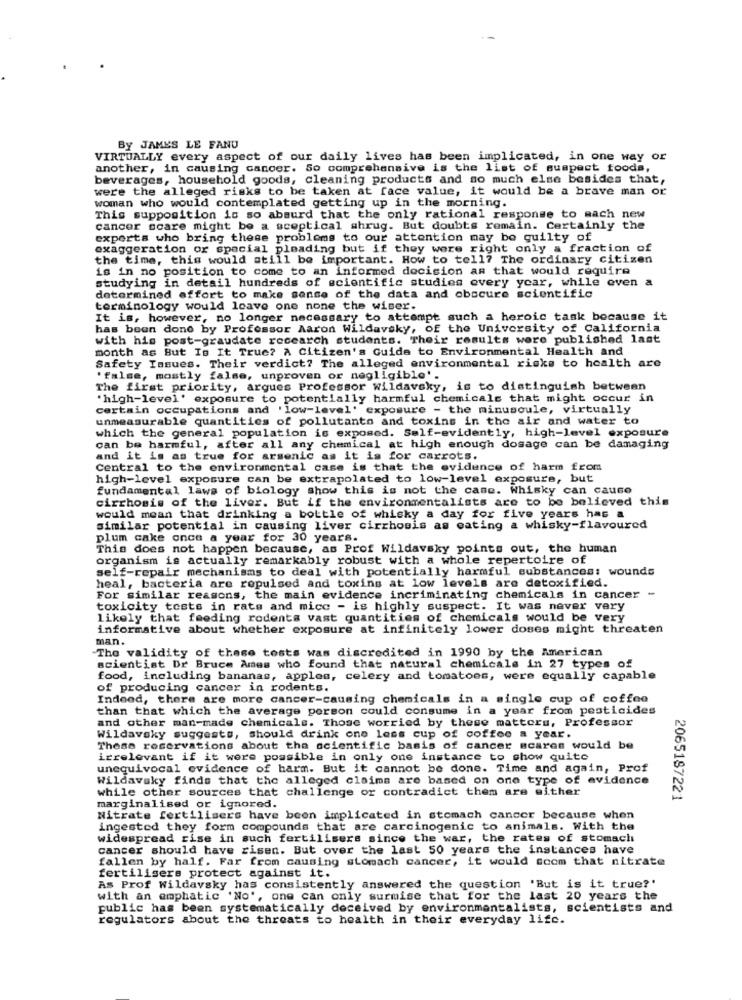
By JAMES LE FANU
VIRTUALLY every aspect of our daily lives has been implicated, in one way or
another, in causing cancer. So comprehensive is the list of suspect foods,
beverages, household goods, cleaning products and so much else besides that,
were the alleged risks to be taken at face value, it would be a brave man or
woman who would contemplated getting up in the morning.
This supposition is so absurd that the only rational response to mach n
cancer scare might be a sceptical shrug. But doubts remain. Certainly the
experts who bring these problems to our attention may be guilty of
exaggeration or spacial pleading but if they were right only a fraction of
the time, this would still be important. How to tell? The ordinary citizen
is in no position to come to an informed decision as that would require
studying in detail hundreds of scientific studies every year, while oven a
determined effort to make sense of the data and obscure scientific
terminology would leave one none the wiser.
It is, however, no longer necessary to attempt such a heroic task because it
has been done by Professor Aaron Wildavsky, of the University of California
with his post-graudate recearch students. Their results were published last
month as But Is It True? A Citizen's Guide to Environmental Health and
Safety Issues. Their verdict? The alleged environmental risks to health are
'false, mostly false, unproven or negligible'.
The first priority, argues Professor wildavsky, is to distinguish between
'high-level' exposure to potentially harmful chemicals that might occur in
certain occupations and 'low-level' exposure - the minuscule, virtually
unmeasurable quantities of pollutants and toxins in the air and water to
which the general population is exposed. Self-evidently, high-level exposure
can be harmful, after all any chemical at high enough dosage can be damaging
and it is as true for arsenic as it is for carrots.
Central to the environmental case is that the evidence of harm from
high-level exposure can be extrapolated to low-level exposure, but
fundamental laws of biology show this is not the case. Whisky can cause
cirrhosis of the liver. But if the environmentalists are to be believed this
would mean that drinking a bottle of whisky a day for five years has a
similar potential in causing liver cirrhosis as eating a whisky-flavoured
plum cake once a year for 30 years.
This does not happen because, as Prof Wildavsky points out, the human
organism is actually remarkably robust with a whole repertoire of
self-repair mechanisms to deal with potentially harmful substances: wounds
heal, bacteria are repulsed and toxins at low levels are detoxified.
For similar reasons, the main evidence incriminating chemicals in cancer -
toxicity tests in rats and mice - is highly suspect. It was never very
likely that feeding rodents vast quantities of chemicals would be very
informative about whether exposure at infinitely lower doses might threaten
man.
The validity of these tests was discredited in 1990 by the American
scientist Dr Bruce Ames who found that natural chemicals in 27 types of
food, including bananas, apples, celery and tomatoes, were equally capable
of producing cancer in rodents.
Indeed, there are more cancer-causing chemicals in a single cup of coffee
than that which the average person could consume in a year from pesticides
and other man-made chemicals. Those worried by these matters, Professor
Wildavsky suggests, should drink one less cup of coffee a year.
These reservations about the scientific basis of cancer scares would be
irrelevant if it were possible in only one instance to show quite
unequivocal evidence of harm. But it cannot be done. Time and again, Prof
Wildavsky finds that the alleged claims are based on one type of evidence
while other sources that challenge or contradict them are either
2065187221
marginalised or ignored.
Nitrate fertilisers have been implicated in stomach cancer because when
ingested they form compounds that are carcinogenic to animals. With the
widespread rise in such fertilisers since the war, the rates of stomach
cancer should have risen. But over the last 50 years the instances have
fallen by half. Far from causing stomach cancer, it would scom that nitrate
fertilisers protect against it.
As Prof Wildavsky has consistently answered the question 'But is it true?'
with an emphatic 'No', one can only surmise that for the last 20 years the
public has been systematically deceived by environmentalists, scientists and
regulators about the threats to health in their everyday life.